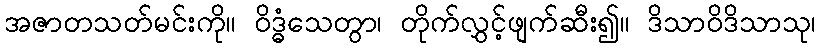
အဇာတသတ်မင်းကို။ ဝိဒ္ဓံသေတွာ၊ တိုက်လွှင့်ဖျက်ဆီး၍။ ဒိသာဝိဒိသာသု၊